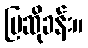
ပြဆိုခန်း။